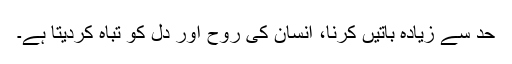
حد سے زیادہ باتیں کرنا، انسان کی روح اور دل کو تباہ کردیتا ہے۔